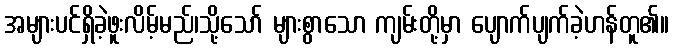
အများပင်ရှိခဲ့ဖူးလိမ့်မည်၊သို့သော် များစွာသော ကျမ်းတို့မှာ ပျောက်ပျက်ခဲ့ဟန်တူ၏။